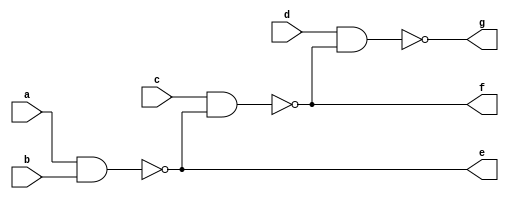
module input_4_nand(
    input a, 
    input b,
    input c,
    input d,

    output e,
    output f,
    output g
);

assign e = ~ (a && b);
assign f = ~ (c && e);
assign g = ~ (d && f);

endmodule